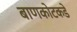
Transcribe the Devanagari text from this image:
बाणकोटकडे